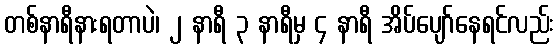
တစ်နာရီနားရတာပဲ၊ ၂ နာရီ ၃ နာရီမှ ၄ နာရီ အိပ်ပျော်နေရင်လည်း